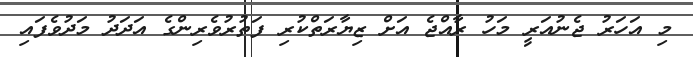
މި އަހަރު ޖެނުއަރީ މަހު ރާއްޖެ އަށް ޒިޔާރަތްކުރި ފަތުރުވެރިންގެ އަދަދު މަދުވެފައި